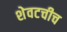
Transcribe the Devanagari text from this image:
शेवटचीच